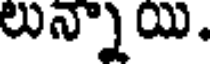
లున్నాయి.